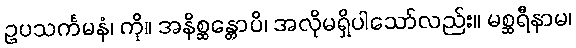
ဥပသင်္ကမနံ၊ ကို။ အနိစ္ဆန္တောပိ၊ အလိုမရှိပါသော်လည်း။ မစ္ဆရီနာမ၊